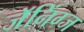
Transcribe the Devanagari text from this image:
जॅनिंग्ज